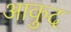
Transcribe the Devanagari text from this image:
आकुद